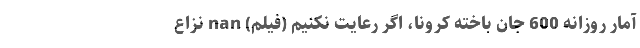
آمار روزانه 600 جان باخته کرونا، اگر رعایت نکنیم (فیلم) nan نزاع